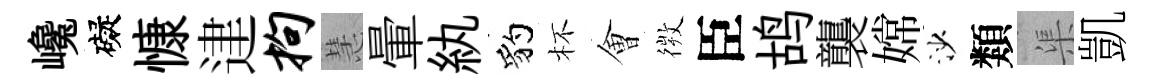
巉礙慷䢖拘慧暈紈豹杯㑹𢕄臣鸪襲嫦沙類渠凱